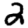
Digit: 2